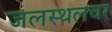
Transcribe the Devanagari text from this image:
जलस्थलचर